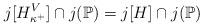
LaTeX: \begin{align*}j[H^V_{\kappa^+}] \cap j(\mathbb{P}) = j[H] \cap j(\mathbb{P})\end{align*}